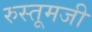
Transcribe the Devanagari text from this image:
रुस्तूमजी